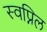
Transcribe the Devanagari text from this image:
स्‍वप्निल